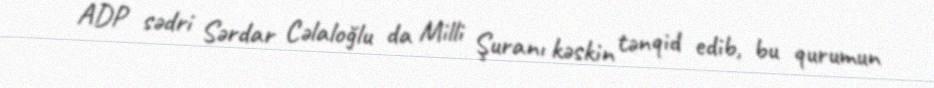
ADP sədri Sərdar Cəlaloğlu da Milli Şuranı kəskin tənqid edib, bu qurumun